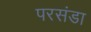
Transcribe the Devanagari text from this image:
परसंडा